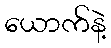
ယောက်နဲ့